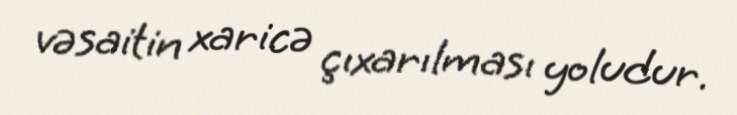
vəsaitin xaricə çıxarılması yoludur.